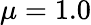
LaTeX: \mu=1.0